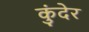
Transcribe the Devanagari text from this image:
कुंदेर